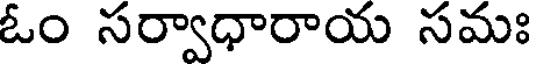
ఓం సర్వాధారాయ సమః